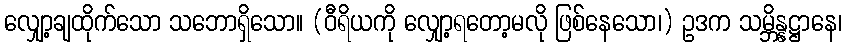
လျှော့ချထိုက်သော သဘောရှိသော။ (ဝီရိယကို လျှော့ရတော့မလို ဖြစ်နေသော၊) ဥဒက သမ္ဘိန္နဋ္ဌာနေ၊